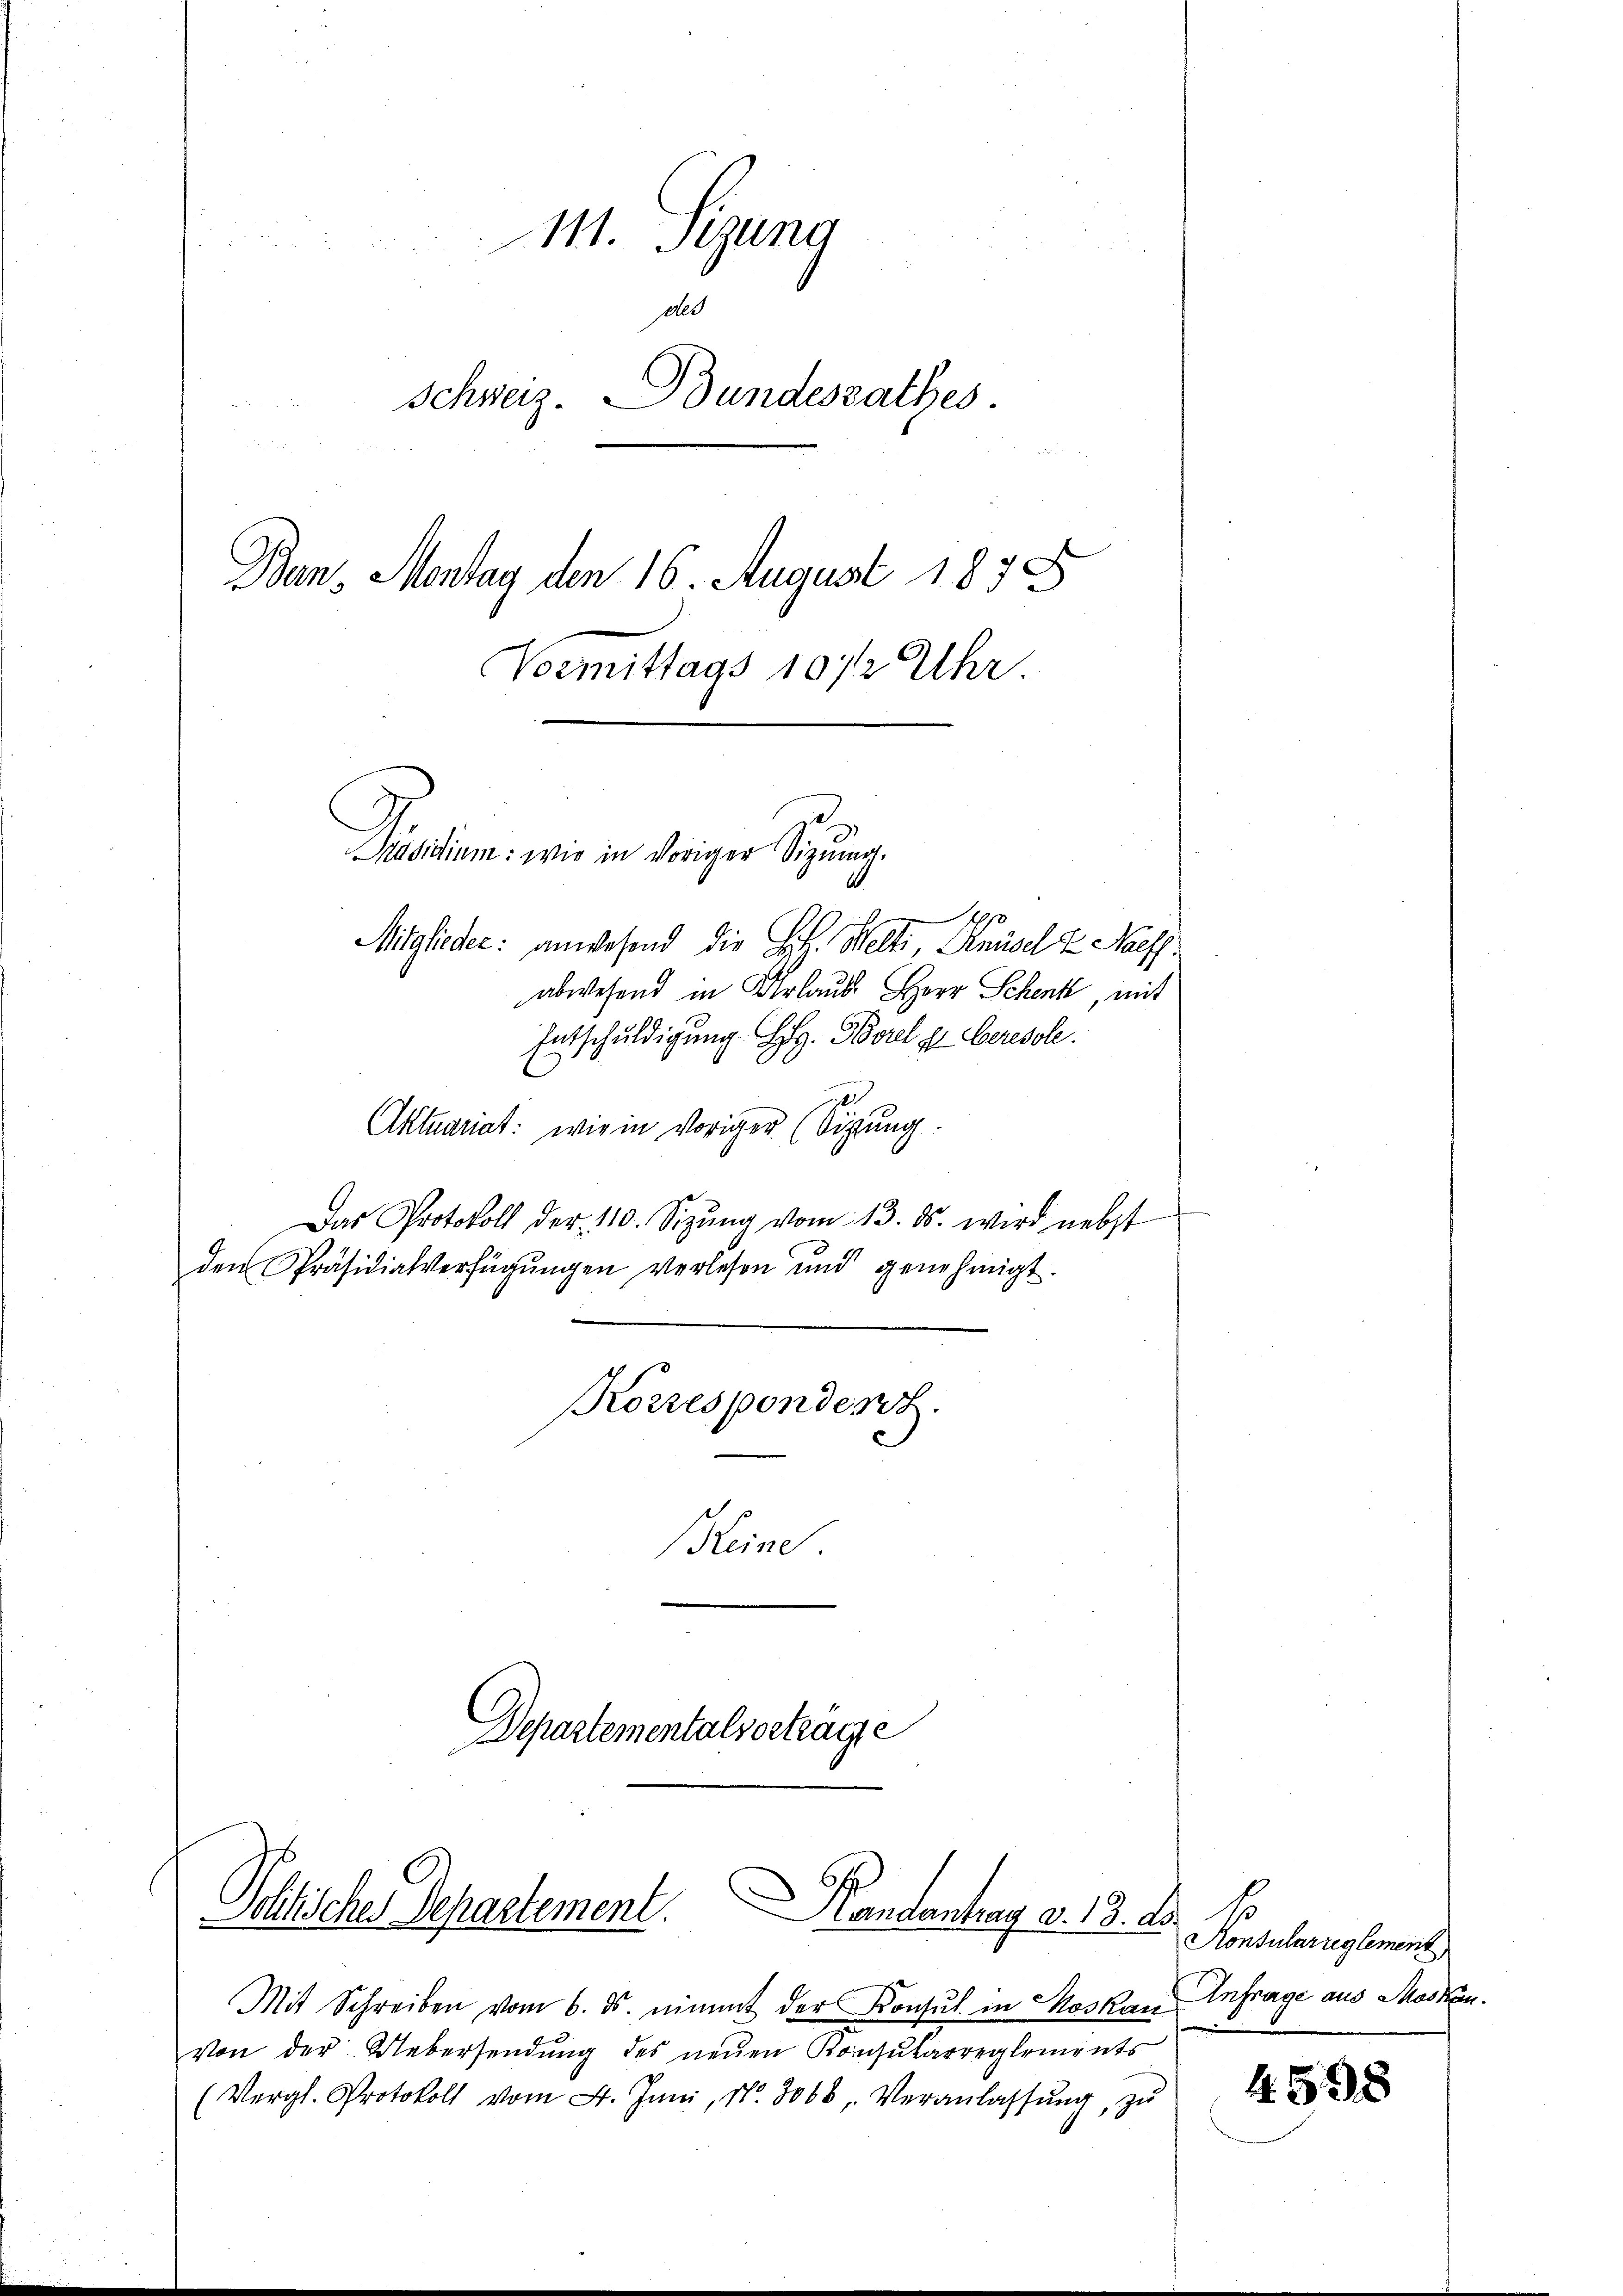
111. Sizung
des
Schweiz. Bundesrathes
e
Ban. Montag den 16. August 1858
Vormittags 10 1/2 Uhr

Pactum, wie in dringer Signung.
Mitglieder: anwesend die Ges. Welti Knüsel z Naff.
abwesend in Urlaub. Herr Schenk, mit
Entschuldigung. G. Borel g Ceresole.
Aktuariat: wie in voriger (Sigung
Das Protokoll der 110. Sizŭng vom 13. ds. wird nebst
den Präsidialverfügŭngen verlesen und genehmigt.
Korrespondert.
e
Heine

Departementalvorträge

Politische Departement. andantrag d. 13. a.

Mit Schreiben vom 6. ds. nimmt der Konsul in Moskau Anfrage aus Mosten.
von der Uebersendŭng des neŭen Konsŭkarreglements
(Vergl. Protokoll vom 4. Juni, Nr. 3068, Veranlassŭng, zŭ

s
1.
Konsularreglement

4598